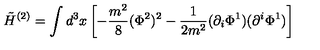
\tilde { H } ^ { ( 2 ) } = \int d ^ { 3 } x \left[ - \frac { m ^ { 2 } } { 8 } ( \Phi ^ { 2 } ) ^ { 2 } - \frac { 1 } { 2 m ^ { 2 } } ( \partial _ { i } \Phi ^ { 1 } ) ( \partial ^ { i } \Phi ^ { 1 } ) \right]